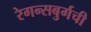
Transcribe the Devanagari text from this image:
रेगन्सबुर्गची